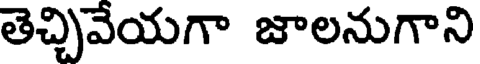
తెచ్చివేయగా జాలనుగాని